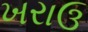
ખરાઉ